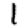
Digit: 1